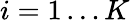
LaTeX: i=1\dots K